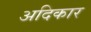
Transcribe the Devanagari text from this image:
अदिकार